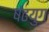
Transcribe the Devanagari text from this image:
षंढयुग